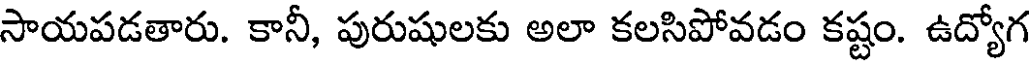
సాయపడతారు. కానీ, పురుషులకు అలా కలసిపోవడం కష్టం. ఉద్యోగ